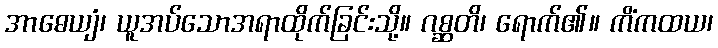
အာဓေယျံ၊ ယူအပ်သောအရာထိုက်ခြင်းသို့။ ဂစ္ဆတိ၊ ရောက်၏။ ကိံကထယ၊